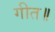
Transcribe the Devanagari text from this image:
गीत॥